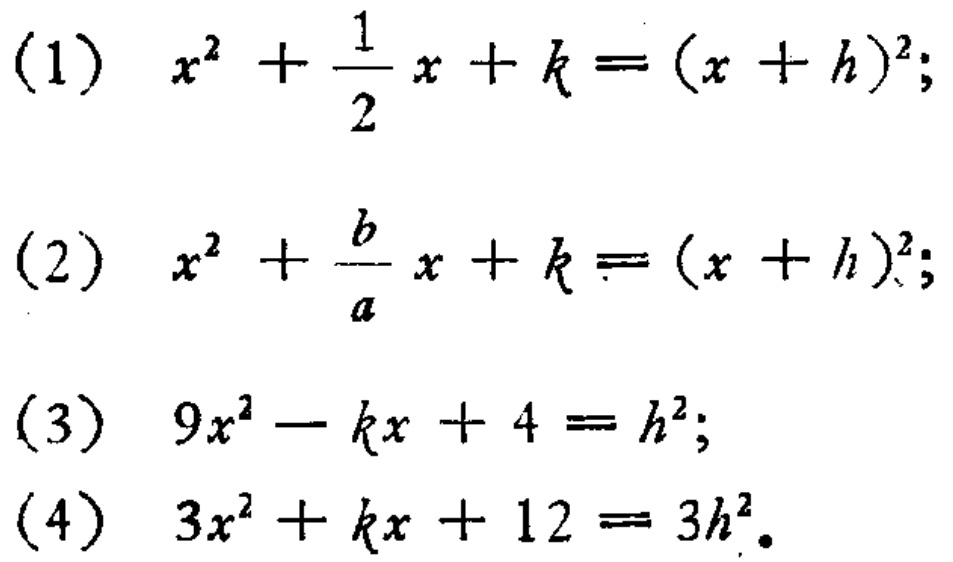
(1) \(x^{2}+\frac{1}{2}x + k=(x + h)^{2}\);

(2) \(x^{2}+\frac{b}{a}x + k=(x + h)^{2}\);

(3) \(9x^{2}-kx + 4=h^{2}\);

(4) \(3x^{2}+kx + 12=3h^{2}\)